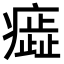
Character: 𤺙